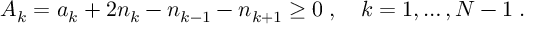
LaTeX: A _ { k } = a _ { k } + 2 n _ { k } - n _ { k - 1 } - n _ { k + 1 } \geq 0 \; , \quad k = 1 , \ldots , N - 1 \; .